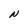
Character: N